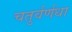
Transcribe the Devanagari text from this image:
चतुर्वर्णधा